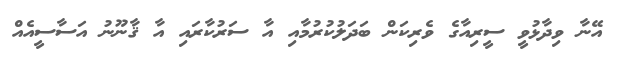
އޭނާ ވިދާޅުވީ ސީރިއާގެ ވެރިކަން ބަދަލުކުރުމާއި އާ ސަރުކާރައި އާ ޤާނޫނު އަސާސީއެއް